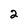
Character: 2